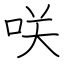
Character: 咲